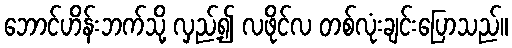
ဘောင်ဟိန်းဘက်သို့ လှည့်၍ လဖိုင်လ တစ်လုံးချင်းပြောသည်။